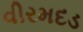
વીરમદડ